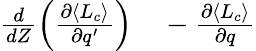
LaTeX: \begin{array}{rl}{\frac{d}{dZ}\left(\frac{\partial\langle L_{c}\rangle}{\partial q^{\prime}}\right)}&{{}-\frac{\partial\langle L_{c}\rangle}{\partial q}}\end{array}